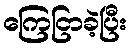
ကြေငြာခဲ့ပြီး